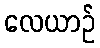
လေယာဉ်